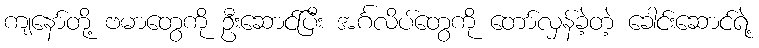
ကျနော်တို့ ဗမာတွေကို ဦးဆောင်ပြီး အင်္ဂလိပ်တွေကို တော်လှန်ခဲ့တဲ့ ခေါင်းဆောင်ရဲ့